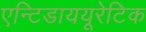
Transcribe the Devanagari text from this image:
एन्टिडाययूरेटिक